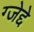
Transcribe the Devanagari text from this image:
ग्जेद्दे